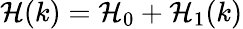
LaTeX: \mathcal{H}(k)=\mathcal{H}_{0}+\mathcal{H}_{1}(k)